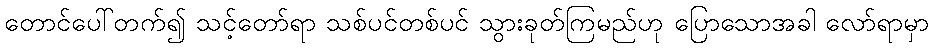
တောင်ပေါ်တက်၍ သင့်တော်ရာ သစ်ပင်တစ်ပင် သွားခုတ်ကြမည်ဟု ပြောသောအခါ လော်ရာမှာ